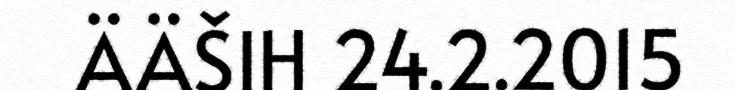
ÄÄŠIH 24.2.2015